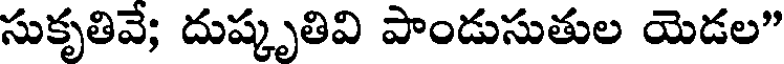
సుకృతివే; దుష్కృతివి పాండుసుతుల యెడల"